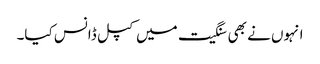
انہوں نے بھی سنگیت میں کپل ڈانس کیا۔